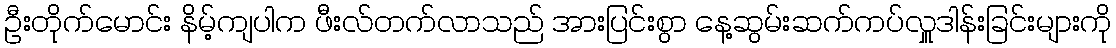
ဦးတိုက်မောင်း နိမ့်ကျပါက ဖီးလ်တက်လာသည် အားပြင်းစွာ နေ့ဆွမ်းဆက်ကပ်လှူဒါန်းခြင်းများကို